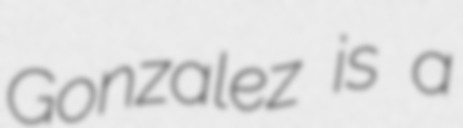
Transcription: Gonzalez is a